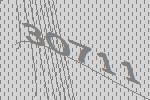
30711